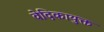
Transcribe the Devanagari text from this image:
वेदिकायुक्त